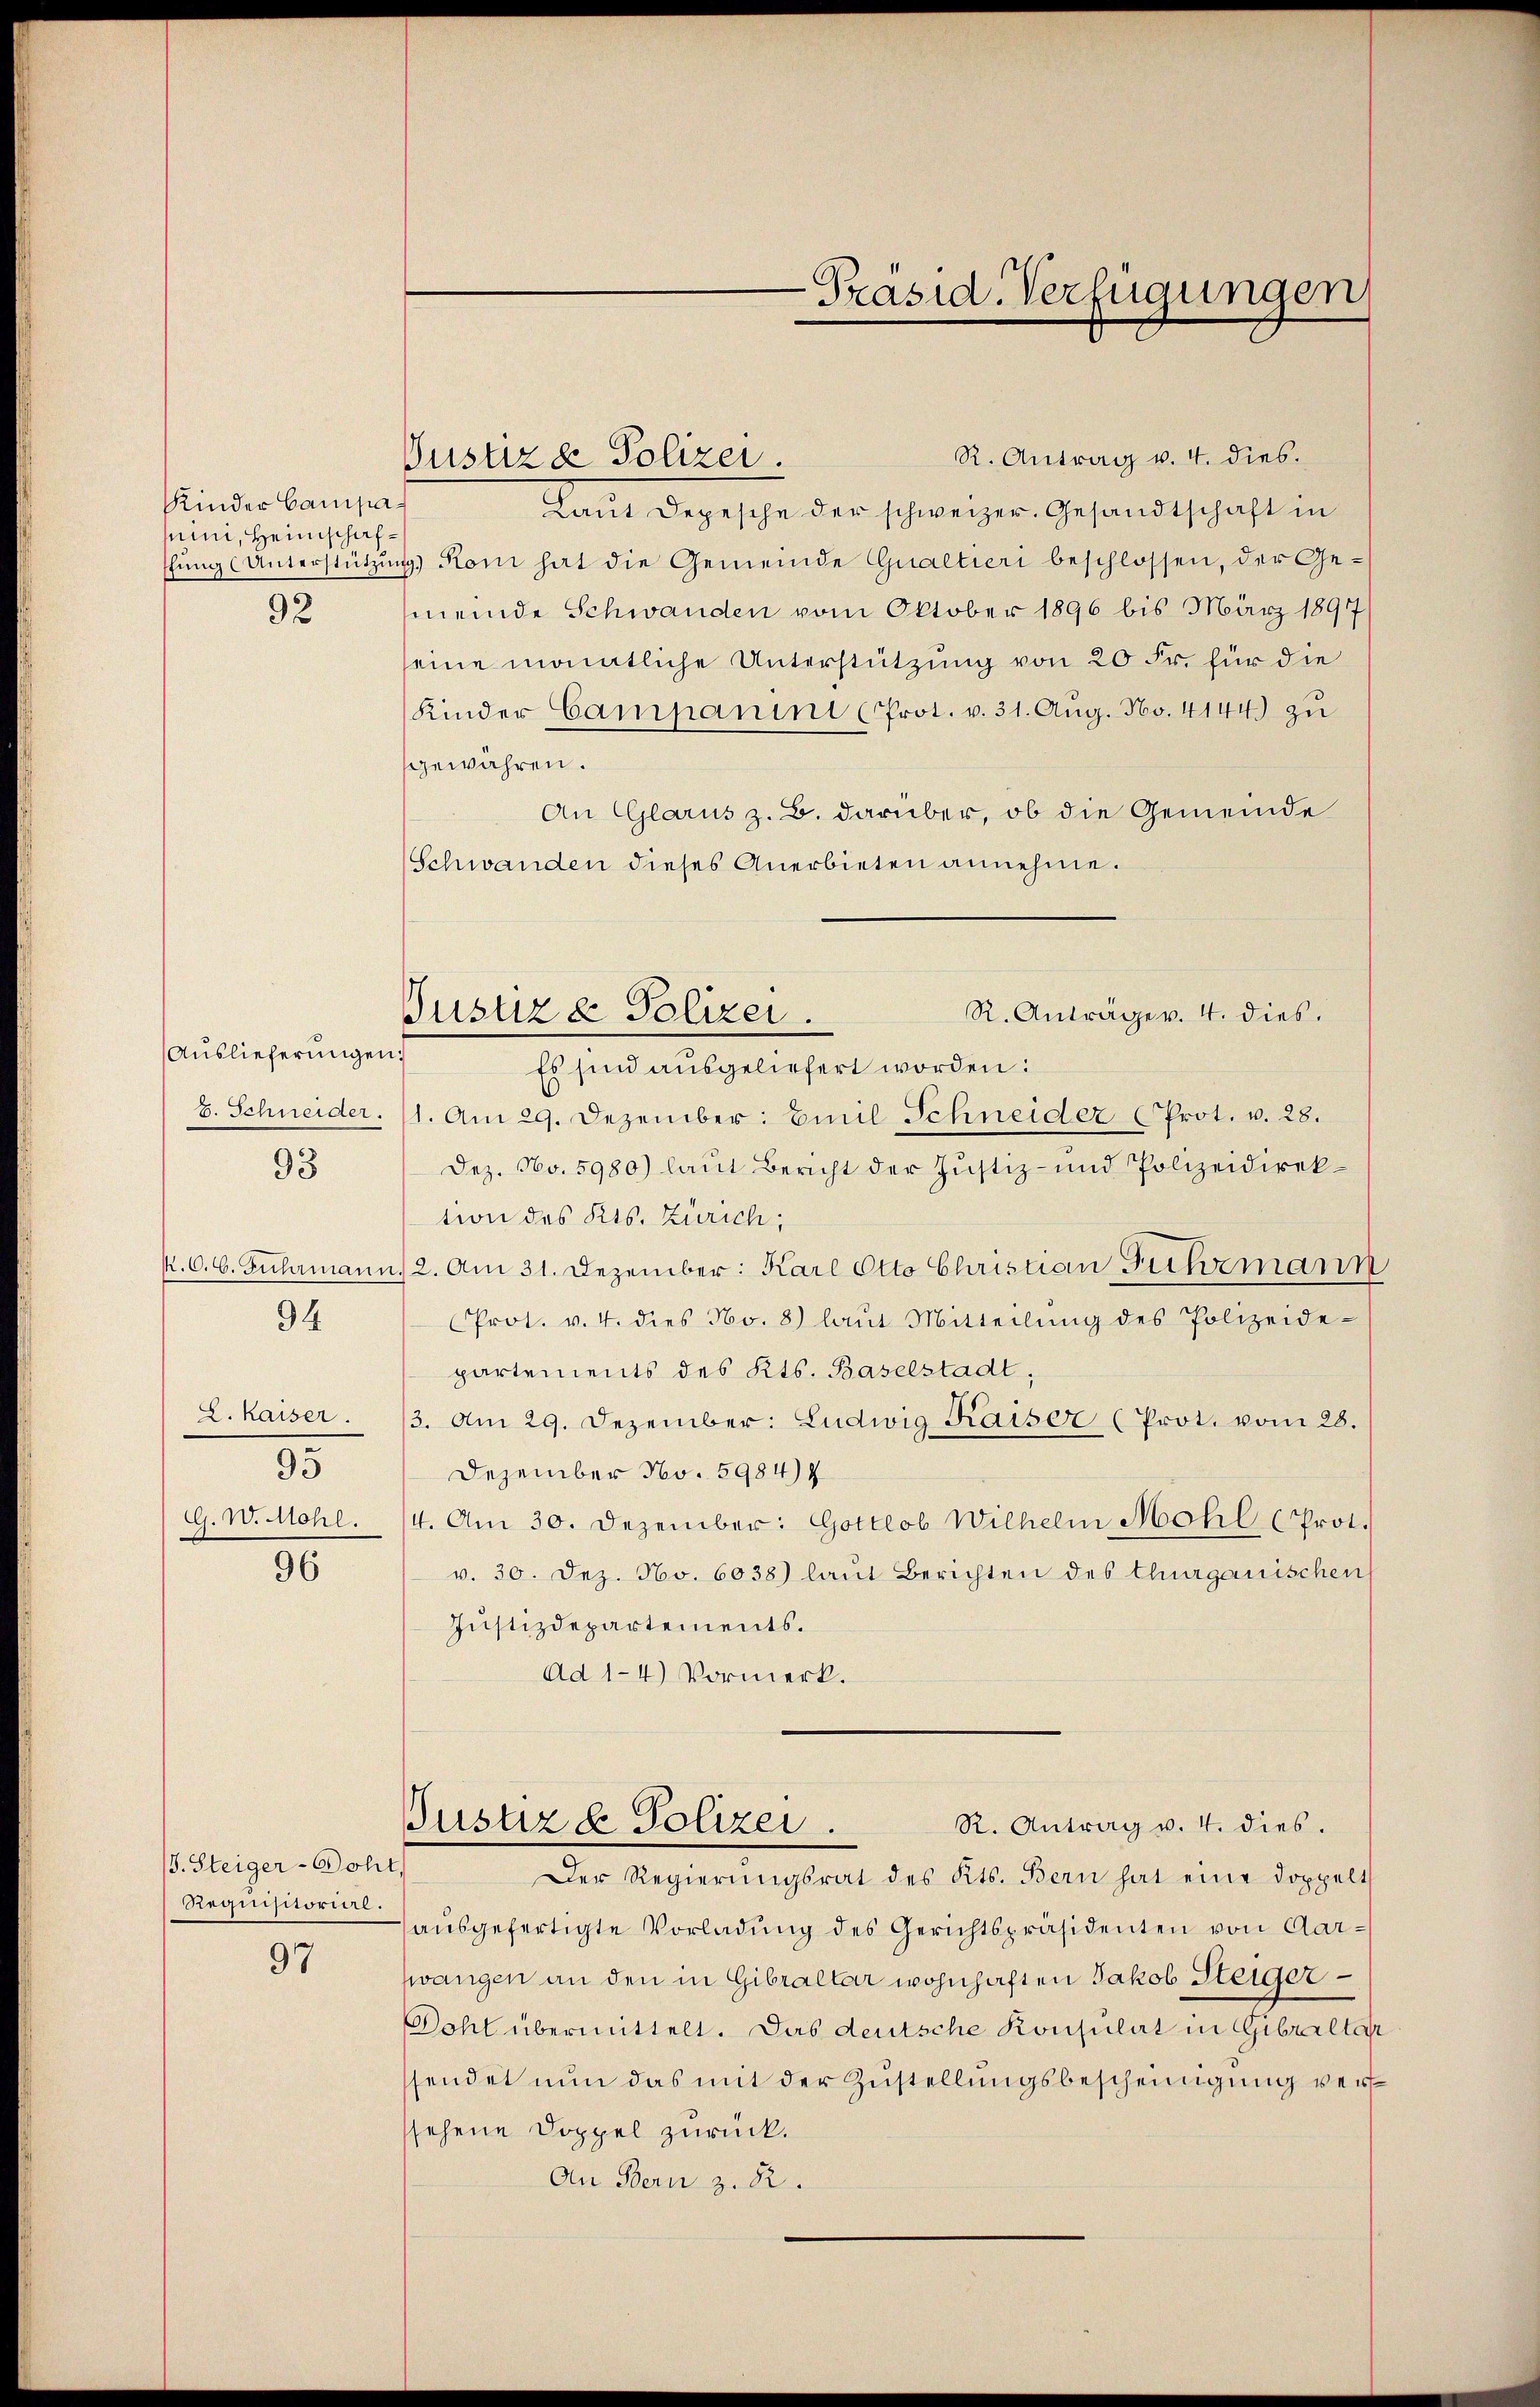
Kinder Campaii, Heimschafffung (Unterstützung
92

Auslieferungen.
S. Schneider.
K.C. C. Fuhrmann
94
L. Kaiser.
95
G. W. Mohl.
96

93

J. Steiger-Doht
Requisitorial.
97

Pustiz & Polizei.

Justiz & Polizei.

-Präsid. Verfügungen

R. Antrag v. 4. dies.
Laŭt Depesche der schweizer. Gesandtschaft in
) Koni hat die Gemeinde Qualtieri beschlossen, der Ge-
meinde Schwanden vom Oktober 1896 bis März 1897
eine monatliche Unterstützung von 20 Fr. für die
Kinder Campanini (Prot. v. 31. Aug. No. 4144) zu
gewähren.
An Glarus z. B. darüber, ob die Gemeinde
Schwanden dieses Anerbieten annehme.
Es sind ausgeliefert worden:
1. Am 29. Dezember. Emil Schneider (Prot. v. 28.
Dez. No. 5980) laut Bericht der Justiz- und Polizeidirektion des Kts. Zürich;
12. Am 31. Dezember: Karl Otto Christian Fuhrmann
Prot. v. 4. dies No. 8) laŭt Mitteilŭng des Polizeide-
partements des Kts. Baselstadt,
3. Am 29. Dezember: Ludwig Kaiser (Prot. vom 28.
Dezember No. 5984)
4. Am 30. Dezember: Gottlob Wilhelm Mohl (Prot.
v. 30. Dez. No. 6038) laut Berichten des thurgauischen
Justizdepartements.
Ad 1-4) Vormerk.
R. Antrag v. 4. dies.
Pustiz & Polizei.
Der Regierŭngsrat des Kts. Bern hat eine doppelt
ausgefertigte Vorladung des Gerichtspräsidenten von Aarzwangen an den in Gibraltar wohnhaften Jakob Steiger
Dohl übermittelt. Das deutsche Konsulat in Gibraltar
sendet nun das mit der Zustellungsbescheinigung verssehene Doppel zurück.
An Bern z. R.

R. Anträge v. 4. dies.